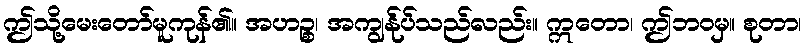
ဤသို့မေးတော်မူကုန်၏။ အဟဉ္စ၊ အကျွန်ုပ်သည်လည်း။ ဣတော၊ ဤဘဝမှ။ စုတာ၊